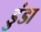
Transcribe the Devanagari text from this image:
डुंडा